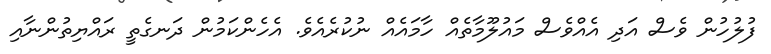
ފުލުހުން ވެސް އަދި އެއްވެސް މައުލޫމާތެއް ހާމައެއް ނުކުރެއެވެ. އެހެންކަމުން ދަނގެތީ ރައްޔިތުންނާއި